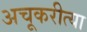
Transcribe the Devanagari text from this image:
अचूकरीत्या